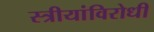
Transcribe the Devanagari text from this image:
स्त्रीयांविरोधी